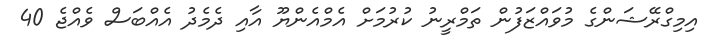
އިމިގްރޭޝަންގެ މުވައްޒަފުން ތަމްރީނު ކުރުމަށް އެމްއެންޔޫ އާއި ދެމެދު އެއްބަސް ވެއްޖެ 40